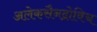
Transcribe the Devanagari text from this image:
अलेकसैनद्रोविच